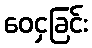
ဝေငှခြင်း